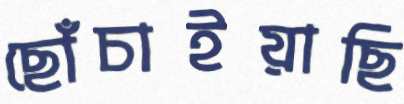
ছোঁচাইয়াছি